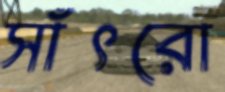
সাঁৎরো